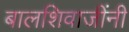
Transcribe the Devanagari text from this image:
बालशिवाजींनी